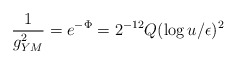
\begin{align*}{1\over g_{YM}^2}= e^{-\Phi}= 2^{-12}Q(\log{u/\epsilon})^2\end{align*}